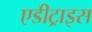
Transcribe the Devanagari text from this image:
एडीट्राइस